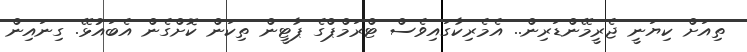
ތިއަށް ކިޔަނީ ޖެރީމޭންޑަރިން.. އެމެރިކާގައިވެސް ޓްރަމްޕްގެ ޕާޓީން ތިކަން ކޮށްގެން އެބައުޅޭ. ގިނައިން